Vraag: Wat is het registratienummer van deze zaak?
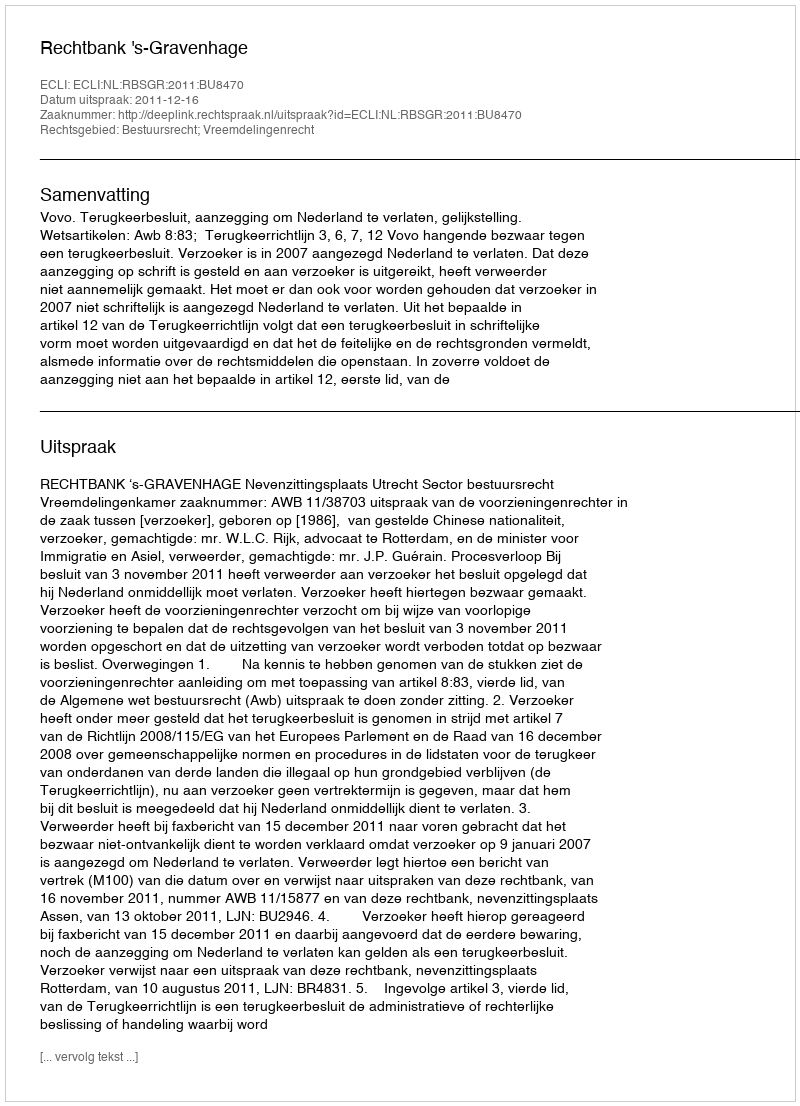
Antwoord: http://deeplink.rechtspraak.nl/uitspraak?id=ECLI:NL:RBSGR:2011:BU8470